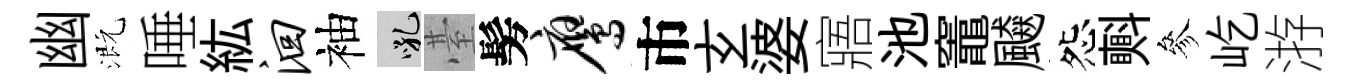
幽溉唾紘洄袖吼䑓髣鹰市𤣥婆寤池竈飇怨㪺參屹㳺